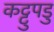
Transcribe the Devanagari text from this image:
कट्टुपडु